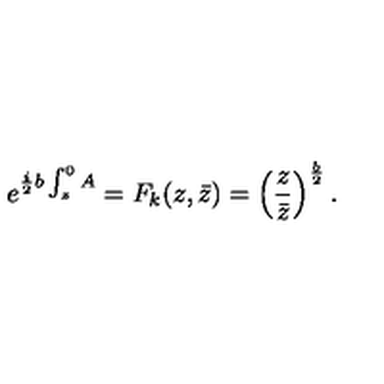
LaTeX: e ^ { { \frac { i } { 2 } } b \int _ { z } ^ { 0 } A } = F _ { k } ( z , \bar { z } ) = \left( { \frac { z } { \bar { z } } } \right) ^ { \frac { b } { 2 } } .